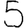
Digit: 5